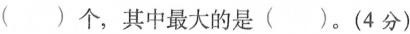
重复数字的两位数有( )个，其中最大的是( )。(4分)